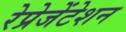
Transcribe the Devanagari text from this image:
रेप्रेजेंटेशन